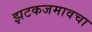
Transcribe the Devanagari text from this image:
झटकजमावचा